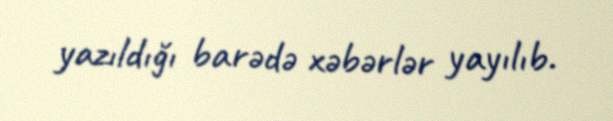
yazıldığı barədə xəbərlər yayılıb.